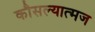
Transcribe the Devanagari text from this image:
कौसल्यात्मज